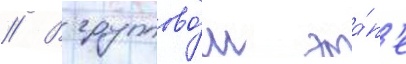
// В группово́м эта́п'е